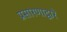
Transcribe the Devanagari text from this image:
प्रसारणाद्वारे